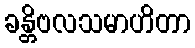
ခန္တိဗလသမာဟိတာ